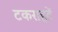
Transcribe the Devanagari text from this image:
टकराहटें